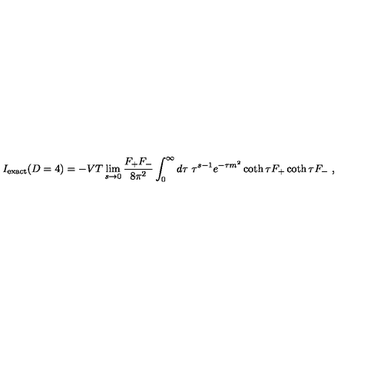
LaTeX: I _ { \mathrm { e x a c t } } ( D = 4 ) = - V T \lim _ { s \rightarrow 0 } { \frac { F _ { + } F _ { - } } { 8 \pi ^ { 2 } } } \int _ { 0 } ^ { \infty } d \tau \ \tau ^ { s - 1 } e ^ { - \tau m ^ { 2 } } \coth \tau F _ { + } \coth \tau F _ { - } \ ,